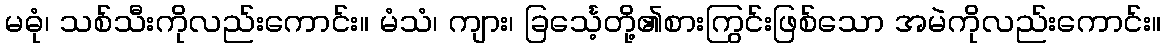
မဓုံ၊ သစ်သီးကိုလည်းကောင်း။ မံသံ၊ ကျား၊ ခြင်္သေ့တို့၏စားကြွင်းဖြစ်သော အမဲကိုလည်းကောင်း။